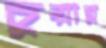
চুয়ান্ন